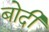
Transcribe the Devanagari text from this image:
बोदी